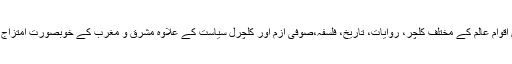
اسکے ناولوں میں اقوامِ عالم کے مختلف کلچر، روایات، تاریخ، فلسفہ،صوفی ازم اور کلچرل سیاست کے علاوہ مشرق و مغرب کے خوبصورت امتزاج موجود ہوتے ہیں۔